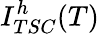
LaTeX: I_{TSC}^{h}(T)